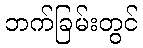
ဘက်ခြမ်းတွင်